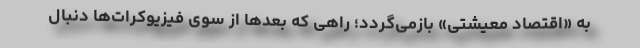
به «اقتصاد معیشتی» بازمی‌گردد؛ راهی که بعدها از سوی فیزیوکرات‌ها دنبال